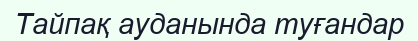
Тайпақ ауданында туғандар